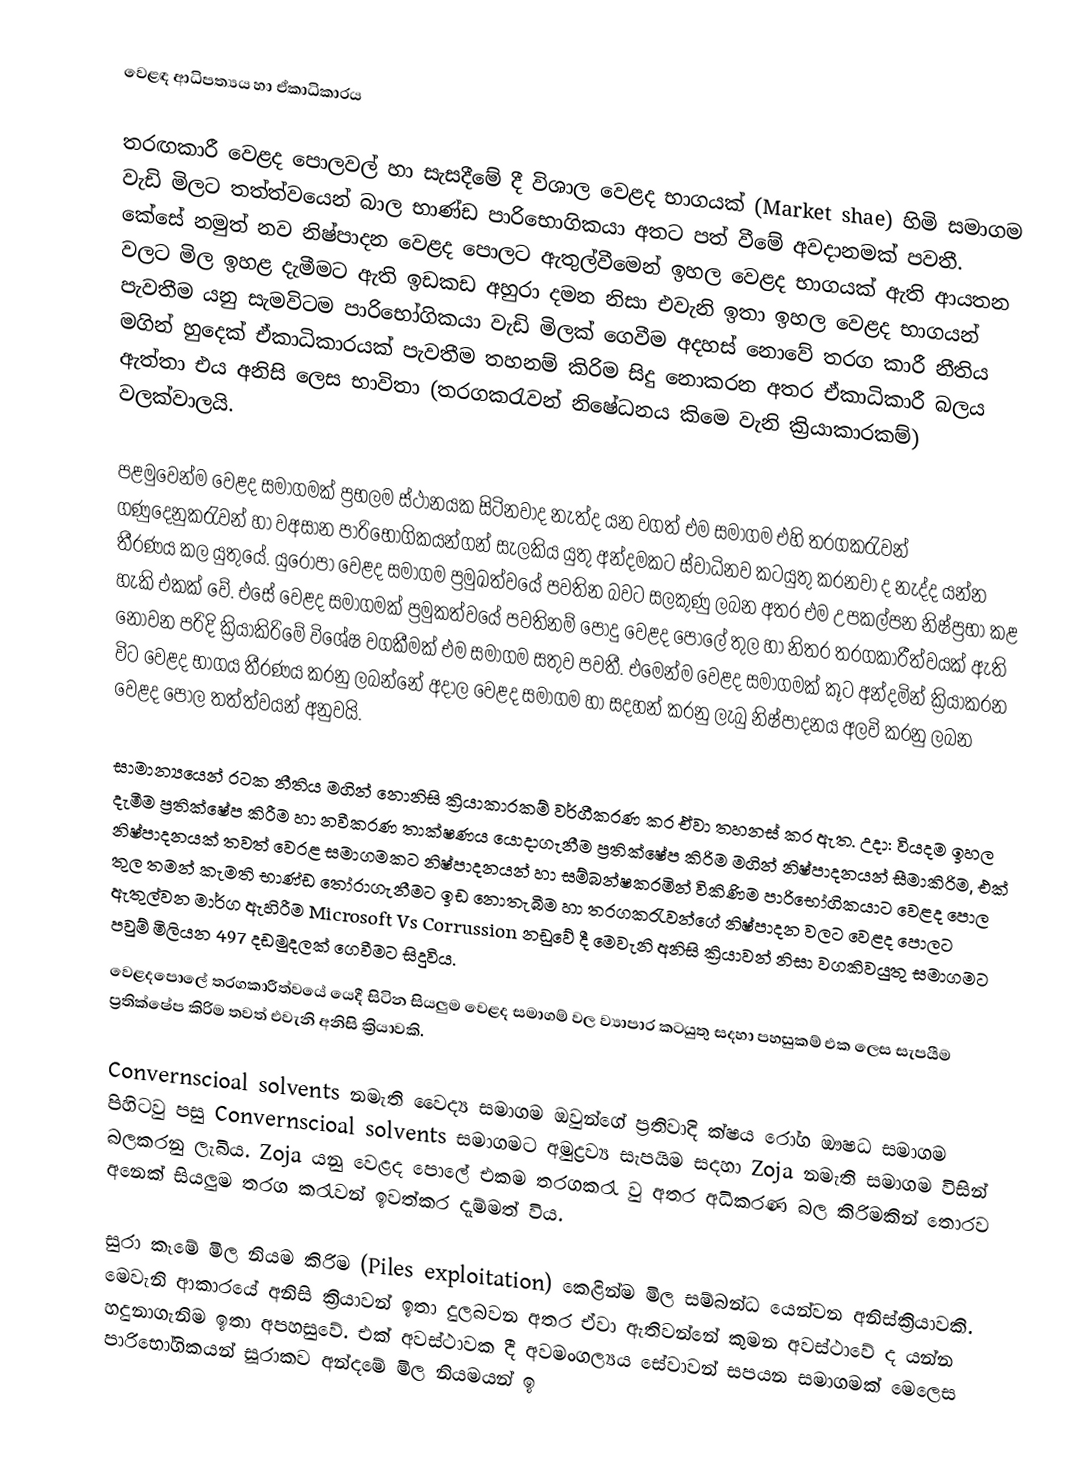
වෙළඳ ආධිපත්‍යය හා ඒකාධිකාරය

තරඟකාරී වෙළද පොලවල් හා සැසදීමේ දී විශාල වෙළද ‍භාගයක් (Market shae)  හිමි  සමාගම වැඩි මිලට තත්ත්වයෙන් බාල භාණ්ඩ පාරිභොගිකයා අතට පත් වීමේ අවදානමක් පවතී. කේසේ නමුත් නව නිෂ්පාදන වෙළද පොලට ඇතුල්වීමෙන් ඉහල   වෙළද භාගයක් ඇති ආයතන වලට මිල ඉහළ දැමීමට  ඇති  ඉඩකඩ අහුරා දමන නිසා එවැනි ඉතා ඉහල වෙළද භාගයන් පැවතීම යනු සැමවිටම පාරිභෝගිකයා වැඩි මිලක් ගෙවීම අදහස් නොවේ තරග කාරී නීතිය මගින් හුදෙක් ඒකාධිකාරයක් පැවතීම තහනම් කිරිම සිදු නොකරන අතර ඒකාධිකාරී බලය ඇත්තා එය අනිසි ලෙස භාවිතා (තරගකරැවන් නිෂේධනය කිමෙ වැනි ක්‍රියාකාරකම්) වලක්වාලයි.

පළමුවෙන්ම වෙළද සමාගමක් ප්‍රභලම ස්ථානයක සිටිනවාද නැත්ද යන වගත් එම සමාගම එහි තරගකරැවන්  ගණුදෙනුකරැවන් හා වඅසාන පාරිභෝගිකයන්ගන් සැලකිය යුතු අන්දමකට  ස්වාධිනව කටයුතු කරනවා ද නැද්ද යන්න තීරණය කල යුතුයේ. යුරෝපා වෙළද සමාගම ප්‍රමුඛත්වයේ පවතින බවට සලකුණු ලබන අතර එම උපකල්පන නිෂ්ප්‍රභා කළ හැකි එකක් වේ. එසේ වෙළද සමාගමක් ප්‍රමුකත්වයේ පවතිනම් පොදු වෙළද පොලේ තුල හා නිතර තරගකාරීත්වයක් ඇති නොවන  පරිදි ක්‍රියාකිරිමේ විශේෂ වගකීමක් එම සමාගම සතුව පවතී. එමෙන්ම වෙළද සමාගමක් කූට අන්දමින් ක්‍රියාකරන විට වෙළද භාගය තීරණය කරනු ලබන්නේ අදාල වෙළද සමාගම හා සදහන් කරනු ලැබු නිෂ්පාදනය අලවි කරනු ලබන වෙළද පොල තත්ත්වයන් අනුවයි.‍‍

සාමාන්‍යයෙන් රටක නීතිය මගින් නොනිසි ක්‍රියාකාරකම් වර්ගීකරණ කර ඒවා තහනස් කර ඇත. උදා: වියදම ඉහල දැමීම ප්‍රතික්ෂේප කිරීම හා නවීකරණ තාක්ෂණය යොදාගැනීම ප්‍රතික්ෂේප කිරිම මගින් නිෂ්පාදනයන් සීමාකිරිම, එක් නිෂ්පාදනයක් තවත් වෙරළ සමාගමකට නිෂ්පාදනයන් හා සම්බන්ෂකරමින් විකිණිම  පාරිභෝගිකයාට  වෙළද පොල තුල  තමන් කැමති භාණ්ඩ තෝරාගැනීමට ඉඩ නොතැබීම හා තරගකරැවන්ගේ නිෂ්පාදන වලට වෙළද පොලට ඇතුල්වන මාර්ග ඇහිරීම Microsoft Vs Corrussion නඩුවේ දී මෙවැනි අනිසි ක්‍රියාවන් නිසා වගකිවයුතු සමාගමට පවුම් මිලියන 497 දඩමුදලක් ගෙවීමට  සිදුවිය.
වෙළදපොලේ තරගකාරීත්වයේ යෙදී සිටින  සියලුම වෙළද සමාගම් වල ව්‍යාපාර කටයුතු සදහා පහසුකම් එක ලෙස සැපයීම  ප්‍රතික්ෂේප කිරිම තවත්  එවැනි අනිසි ක්‍රියාවකි.

Convernscioal solvents  නමැති වෛද්‍ය සමාගම ඔවුන්ගේ ප්‍රතිවාදි ක්ෂය රෝග ‍ඖෂධ  සමාගම පිහිටවු පසු Convernscioal solvents සමාගමට අමුද්‍රව්‍ය සැපයිම සදහා Zoja නමැති සමාගම විසින් බලකරනු ලැබිය. Zoja යනු වෙළද පොලේ එකම තරගකරැ වු අතර අධිකරණ බල කිරිමකින් තොරව අනෙක් සියලුම තරග කරැවන් ඉවත්කර දැම්මත් විය.

සුරා කෑමේ මිල නියම කිරිම (Piles exploitation) කෙළින්ම මිල සම්බන්ධ යෙන්වන අනිස්ක්‍රියාවකි. මෙවැනි ආකාරයේ අනිසි ක්‍රියාවන් ඉතා දුලබවන අතර ඒවා ඇතිවන්නේ කුමන අවස්ථාවේ ද යන්න හදුනාගැනිම ඉතා අපහසුවේ. එක් අවස්ථාවක දී අවමංගල්‍යය සේවාවන් සපයන සමාගමක් මෙලෙස පාරිභෝගිකයන් සූරාකව අන්දමේ  මිල නියමයන් ඉ